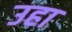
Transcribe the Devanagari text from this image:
उहा